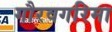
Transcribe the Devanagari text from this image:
गौरवगरिमा